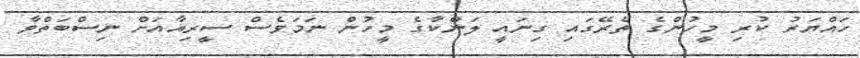
ހައްޔަރު ކުރި މީހުންގެ ތެރޭގައި ގިނައީ ލަންކާގެ މީހުން ނަމަވެސް ސީރިއާއަށް ނިސްބަތްވާ